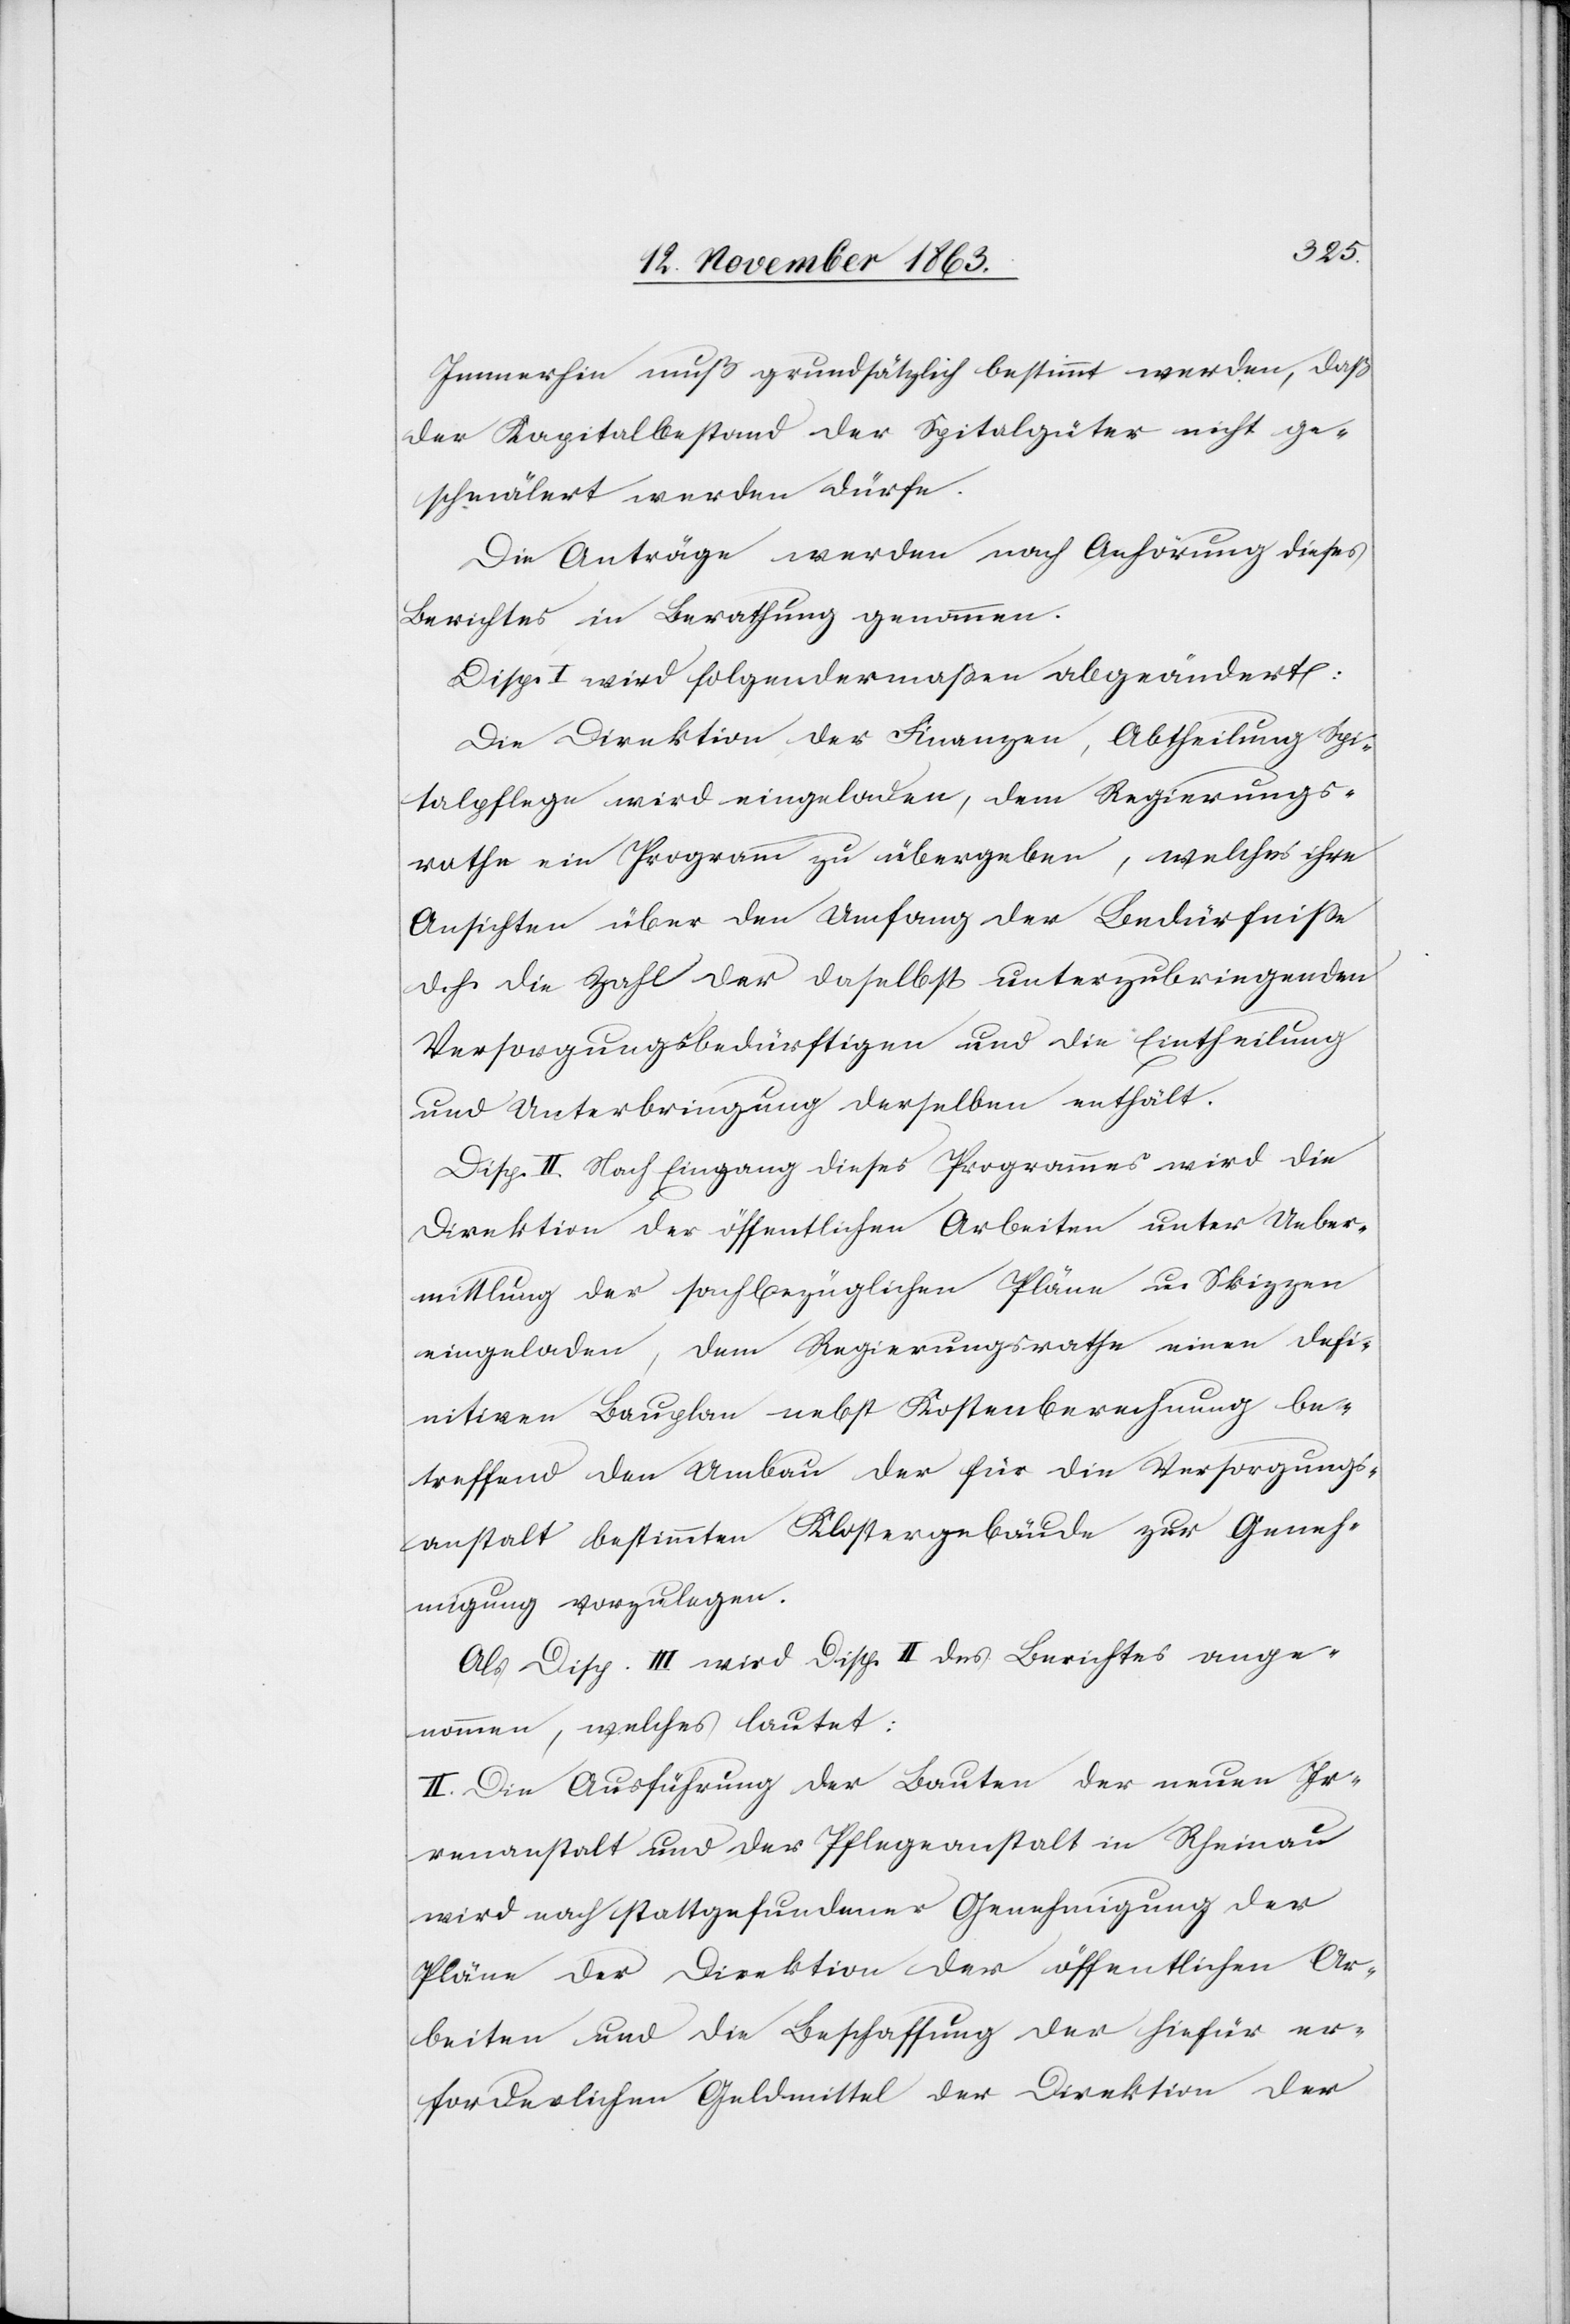
Immerhin muß grundsätzlich bestimmt werden, daß
der Kapitalbestand der Spitalgüter nicht ge¬
schmälert werden dürfe.
Die Anträge werden nach Anhörung dieses
Berichtes in Berathung genommen.
Disp. I wird folgendermaßen abgeändert:
Die Direktion der Finanzen, Abtheilung Spi¬
talpflege wird eingeladen, dem Regierungs¬
rathe ein Programm zu übergeben, welches ihre
Ansichten über den Umfang der Bedürfnisse
d. h. die Zahl der daselbst unterzubringenden
Versorgungsbedürftigen und die Eintheilung
und Unterbringung derselben enthält.
Disp. II. Nach Eingang dieses Programmes wird die
Direktion der öffentlichen Arbeiten unter Ueber¬
mittlung der sachbezüglichen Pläne u. Skizzen
eingeladen, dem Regierungsrathe einen defi¬
nitiven Bauplan nebst Kostenberechnung be¬
treffend den Umbau der für die Versorgungs¬
anstalt bestimmten Klostergebäude zur Geneh¬
migung vorzulegen.
Als Disp. III wird Disp. II des Berichtes ange¬
nommen, welches lautet:
II. Die Ausführung der Bauten der neuen Ir¬
renanstalt und der Pflegeanstalt in Rheinau
wird nach stattgefundener Genehmigung der
Pläne der Direktion der öffentlichen Ar¬
beiten und die Beschaffung der hiefür er¬
forderlichen Geldmittel der Direktion der